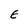
Character: E